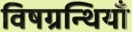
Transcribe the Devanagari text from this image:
विषग्रन्थियाँ